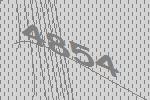
4854